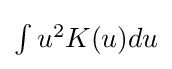
\textstyle \int u^{2}K(u)du